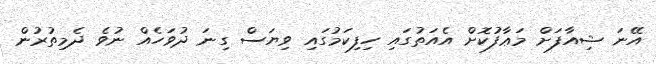
އޭނަ ޝިއާފަށް މަޢާފުކޮށް އެއަތުގައި ހިފިކަމުގައި ވިޔަސް ގިނަ ދުވަހެއް ނުވެ ދެމިތުރުން